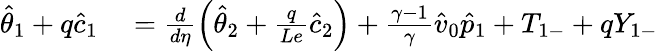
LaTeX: \begin{array}{rl}{\hat{\theta}_{1}+q\hat{c}_{1}}&{{}=\frac{d}{d\eta}\left(\hat{\theta}_{2}+\frac{q}{Le}\hat{c}_{2}\right)+\frac{\gamma-1}{\gamma}\hat{v}_{0}\hat{p}_{1}+{T}_{1-}+q{Y}_{1-}}\end{array}